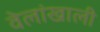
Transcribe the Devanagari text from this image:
वेलांखाली